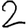
Digit: 2